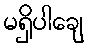
မရှိပါချေ